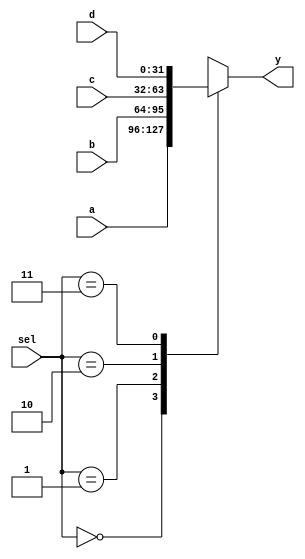
module Mux_4to1 (y,a,b,c,d,sel);
  output reg [31:0] y;
  input wire [31:0] a,b,c,d;
  input wire[1:0]sel;

always@(*)

begin
  casez(sel)
    2'b00: y<=a;
    2'b01: y<=b;
    2'b10: y<=c;
    2'b11: y<=d;
    default: y<=1'bz;
  endcase
end

endmodule